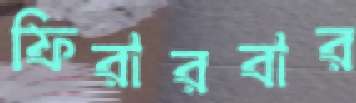
ফিরারবার